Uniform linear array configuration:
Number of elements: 64
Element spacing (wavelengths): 0.75
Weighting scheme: uniform
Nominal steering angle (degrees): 30
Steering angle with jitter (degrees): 28.148
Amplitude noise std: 0.05
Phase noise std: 0.05

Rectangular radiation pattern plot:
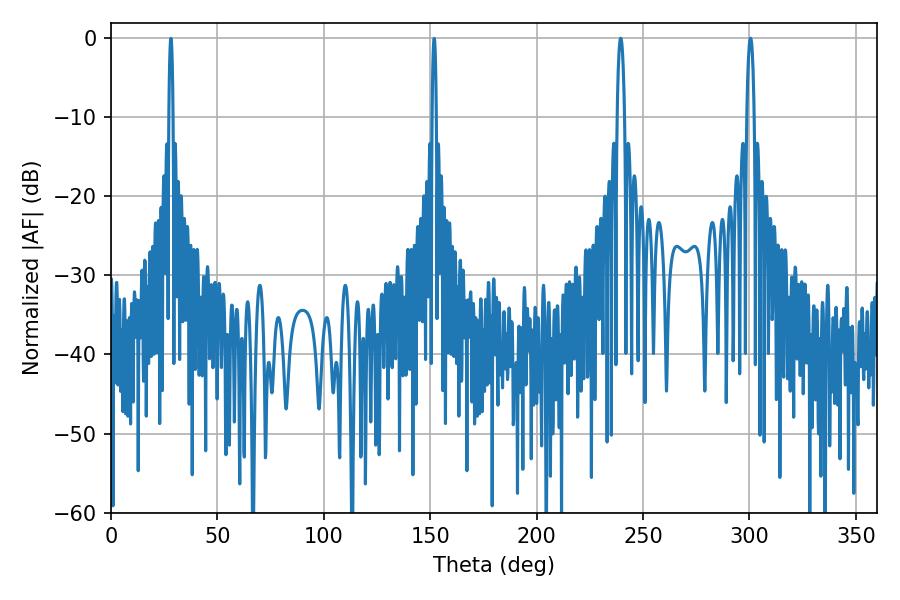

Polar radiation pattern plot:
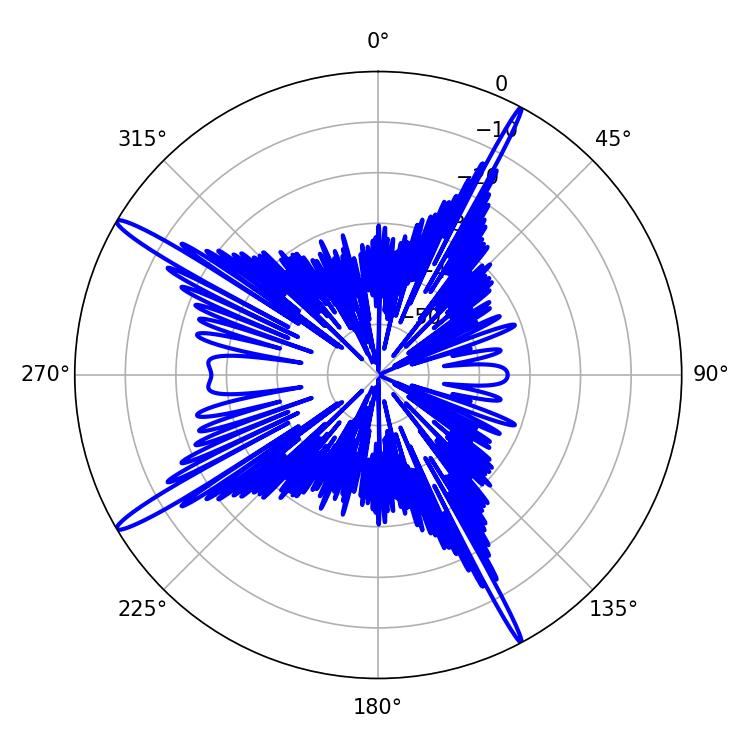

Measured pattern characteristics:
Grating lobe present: TRUE
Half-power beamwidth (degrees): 1.98
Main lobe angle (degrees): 300.42